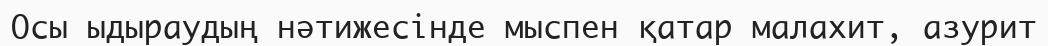
Осы ыдыраудың нәтижесінде мыспен қатар малахит, азурит